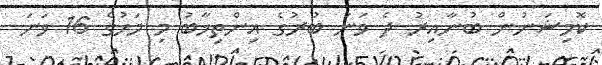
ކޮމިޝަނުން ބުނާއިރު ދެ ވަނަ ބުރުގެ އިންތިޚާބު މި މަހުގެ 16 ވަނަ